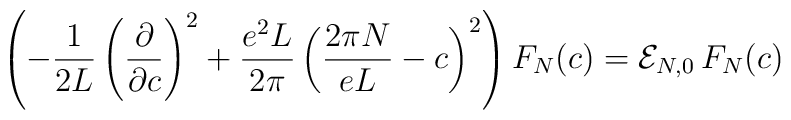
\left(-\frac{1}{2L}\left( \frac{\partial}{\partial c} \right )^2 + \frac{e^2L}{2\pi}\left( \frac{2\pi N}{eL} -c \right )^ 2 \right)F_N(c)= {\cal E}_{N,0}\, F_N(c)